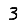
Digit: 3